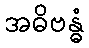
အဓိဗန္ဓံ